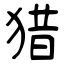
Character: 猎